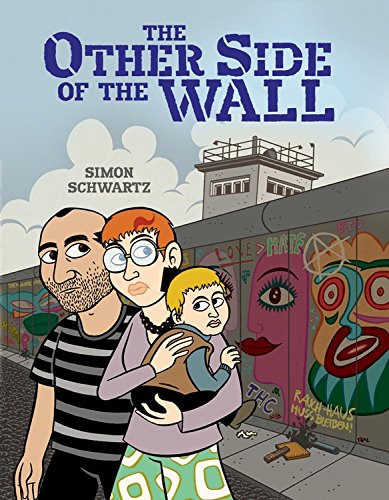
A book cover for The Other Side of the Wall (Nonfiction - Young Adult); Simon Schwartz; Teen & Young Adult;